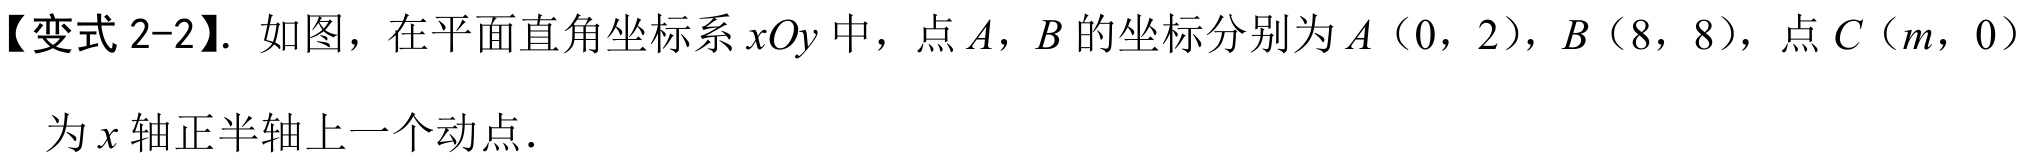
【变式 2-2】. 如图，在平面直角坐标系\(xOy\)中，点\(A\)，\(B\)的坐标分别为\(A(0,2)\)，\(B(8,8)\)，点\(C(m,0)\)为\(x\)轴正半轴上一个动点.